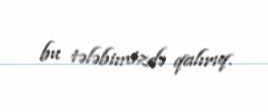
bu tələbimizdə qalırıq.